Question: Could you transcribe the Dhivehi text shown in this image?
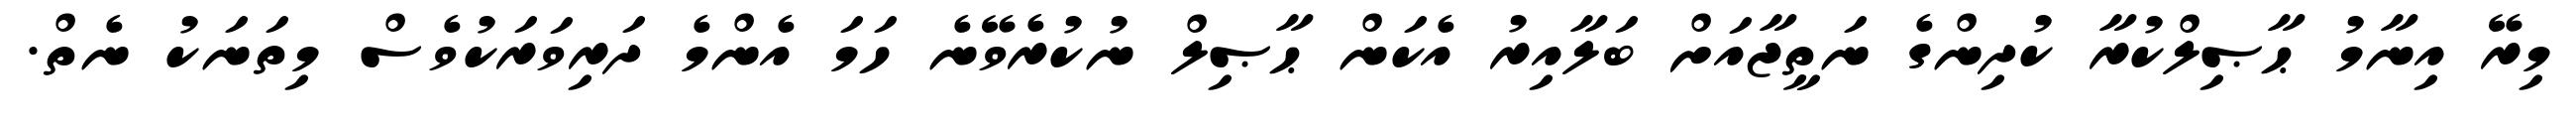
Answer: މިރޭ އިނާމު ޙާޞިލްކުރާ ކުދިންގެ ނަތީޖާއަށް ބަލާއިރު އެކަން ޙާޞިލް ނުކުރެވޭނެ ހަމަ އެންމެ ދަރިވަރަކުވެސް މިތަނަކު ނެތް.